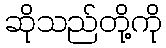
ဆိုသည်တို့ကို